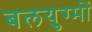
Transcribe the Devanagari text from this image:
बलयुग्मों